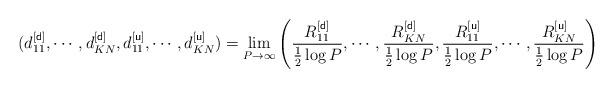
LaTeX: \begin{align*}(d^{[{\sf d}]}_{11},\cdots,d_{KN}^{[{\sf d}]},d^{[{\sf u}]}_{11},\cdots,d_{KN}^{[{\sf u}]})=\lim_{P\to\infty}\left(\frac{R^{[{\sf d}]}_{11}}{\frac{1}{2}\log P},\cdots,\frac{R^{[{\sf d}]}_{KN}}{\frac{1}{2}\log P},\frac{R^{[{\sf u}]}_{11}}{\frac{1}{2}\log P},\cdots,\frac{R^{[{\sf u}]}_{KN}}{\frac{1}{2}\log P}\right)\end{align*}